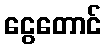
ငွေတောင်